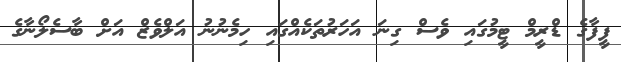
ފީފާގެ ޑްރީމް ޓީމުގައި ވެސް ގިނަ އަހަރުތަކެއްގައި ހިމެނުނު އަލްވެޒް އަށް ބާސެލޯނާގެ